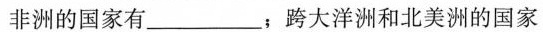
非洲的国家有_______，跨大洋洲和北美洲的国家